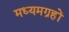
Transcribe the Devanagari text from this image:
मध्यमग्रहों